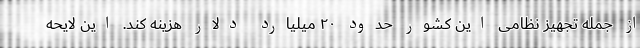
از جمله تجهیز نظامی این کشور حدود ۲۰ میلیارد دلار هزینه کند. این لایحه